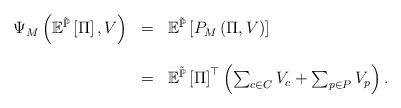
LaTeX: \begin{align*}\begin{array}{rcl}\Psi_{M}\left(\mathbb{E}^{\tilde{\mathbb{P}}}\left[\Pi\right],V\right) & = & \mathbb{E}^{\tilde{\mathbb{P}}}\left[P_{M}\left(\Pi,V\right)\right]\\\\ & = & \mathbb{E}^{\tilde{\mathbb{P}}}\left[\Pi\right]^{\top}\left(\sum_{c\in C}V_{c}+\sum_{p\in P}V_{p}\right).\end{array}\end{align*}